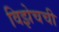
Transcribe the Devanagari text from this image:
विझेचची